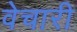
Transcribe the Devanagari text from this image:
वेचारी